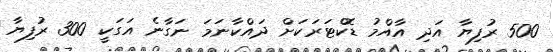
500 ރުފިޔާ އަދި އާއްމު ޑޮކްޓަރަކަށް ދައްކާނަމަ ނަގާނެ އަގަކީ 300 ރުފިޔާ